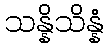
သန္နိသိန္နံ